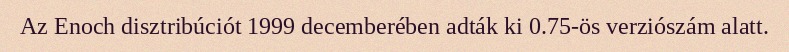
Az Enoch disztribúciót 1999 decemberében adták ki 0.75-ös verziószám alatt.